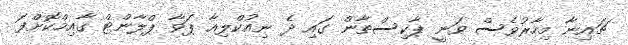
ޗައިނާ މިހާރުވެސް ވަނީ ޕާކިސްތާން ގައި ދެ ނިއުކްލިއާ ޕަވާ ޕްލާންޓް ގާއިމްކޮށްފަ